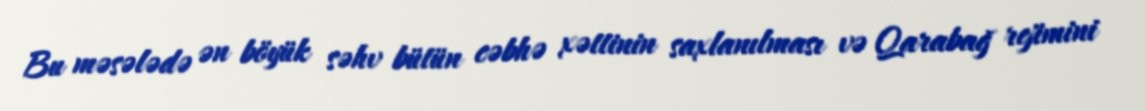
Bu məsələdə ən böyük səhv bütün cəbhə xəttinin saxlanılması və Qarabağ rejimini